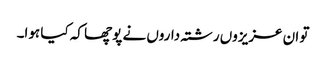
تو ان عزیزوں رشتہ داروں نے پوچھا کہ کیا ہوا۔